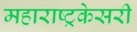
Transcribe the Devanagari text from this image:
महाराष्ट्रकेसरी